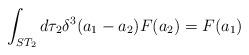
LaTeX: \begin{align*}\int_{ST_2} d\tau_2 \delta^3 (a_1 - a_2) F(a_2) = F(a_1)\end{align*}